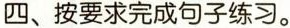
四、按要求完成句子练习。